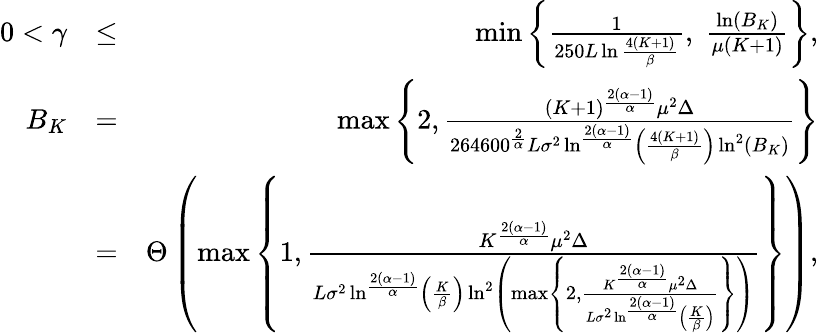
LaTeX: \begin{array}{rlr}{0<\gamma}&{\leq}&{\operatorname*{min}\left\{ \frac{1}{250L\ln\frac{4(K+1)}{\beta}},\; \frac{\ln(B_{K})}{\mu(K+1)}\right\} ,}\\ {B_{K}}&{=}&{\operatorname*{max}\left\{ 2,\frac{(K+1)^{\frac{2(\alpha-1)}{\alpha}}\mu^{2}\Delta}{264600^{\frac{2}{\alpha}}L\sigma^{2}\ln^{\frac{2(\alpha-1)}{\alpha}}\left(\frac{4(K+1)}{\beta}\right)\ln^{2}(B_{K})}\right\} }\\ &{=}&{\Theta\left(\operatorname*{max}\left\{ 1,\frac{K^{\frac{2(\alpha-1)}{\alpha}}\mu^{2}\Delta}{L\sigma^{2}\ln^{\frac{2(\alpha-1)}{\alpha}}\left(\frac{K}{\beta}\right)\ln^{2}\left(\operatorname*{max}\left\{ 2,\frac{K^{\frac{2(\alpha-1)}{\alpha}}\mu^{2}\Delta}{L\sigma^{2}\ln^{\frac{2(\alpha-1)}{\alpha}}\left(\frac{K}{\beta}\right)}\right\} \right)}\right\} \right),}\end{array}